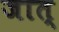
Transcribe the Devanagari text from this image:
जात्